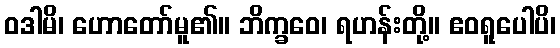
ဝဒါမိ၊ ဟောတော်မူ၏။ ဘိက္ခဝေ၊ ရဟန်းတို့။ ဧဝရူပေါပိ၊